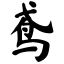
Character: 鸢